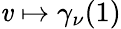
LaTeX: \mathit{v}\mapsto\gamma_{\nu}(1)